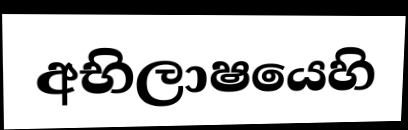
අභිලාෂයෙහි